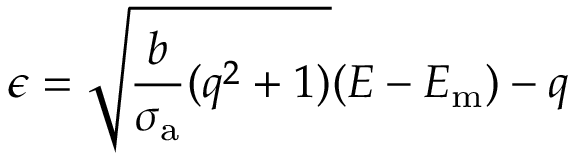
\epsilon = \sqrt { \frac { b } { \sigma _ { \mathrm { a } } } ( q ^ { 2 } + 1 ) } ( E - E _ { \mathrm { m } } ) - q